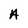
Character: A